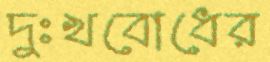
দুঃখবোধের